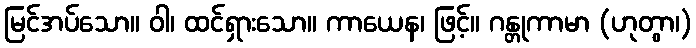
မြင်အပ်သော။ ဝါ၊ ထင်ရှားသော။ ကာယေန၊ ဖြင့်။ ဂန္တုကာမာ (ဟုတွာ၊)